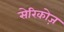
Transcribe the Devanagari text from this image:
सेरिकोज़